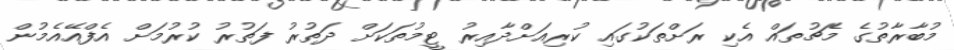
މުބާރާތުގެ މެޗުތައް އެކި ރަށްތަކުގައި ކުރިއަށްދާއިރު ޓީމުތަކަށް ދަތުރު ފަތުރު ކުރުމަށް އެފްއޭއެމުން